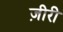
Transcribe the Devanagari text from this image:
ज़ीरी